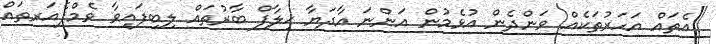
އެތައް އަހަރުތަކެއް ވަންދެން އުޅެމުން އަންނަ އާދަޔާ ޚިލާފް ބާރުތައް ލިބިފައިވާ ވެމްޕެއަރތައް